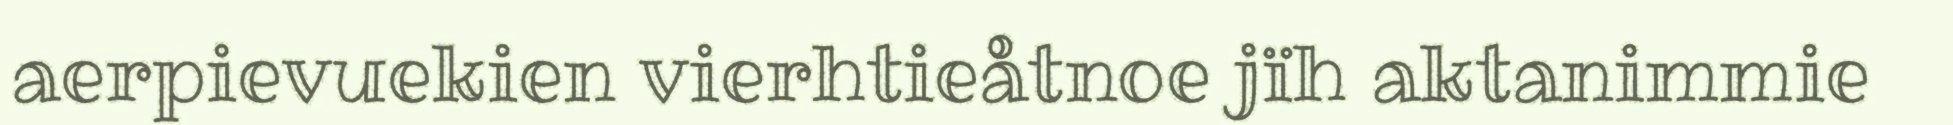
aerpievuekien vierhtieåtnoe jïh aktanimmie